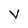
Character: V